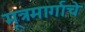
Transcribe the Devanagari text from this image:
मूत्रमार्गाचे